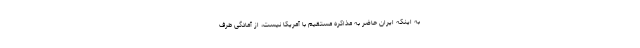
به اینکه ایران حاضر به مذاکره مستقیم با آمریکا نیست، از آمادگی طرف